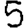
Digit: 5